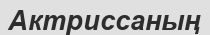
Актриссаның